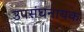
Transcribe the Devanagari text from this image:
उपसंघनायक